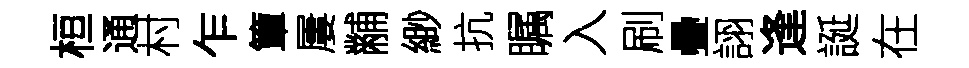
桓通村乍簟屢黼緲抗瞩入刷疊詡逢誕在